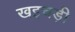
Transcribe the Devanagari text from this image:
खइचड़ी